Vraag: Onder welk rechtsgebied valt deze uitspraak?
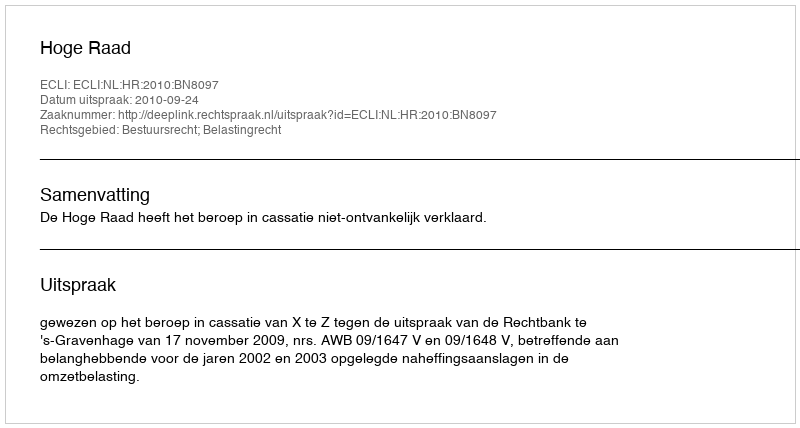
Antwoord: Bestuursrecht; Belastingrecht